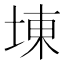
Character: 埬